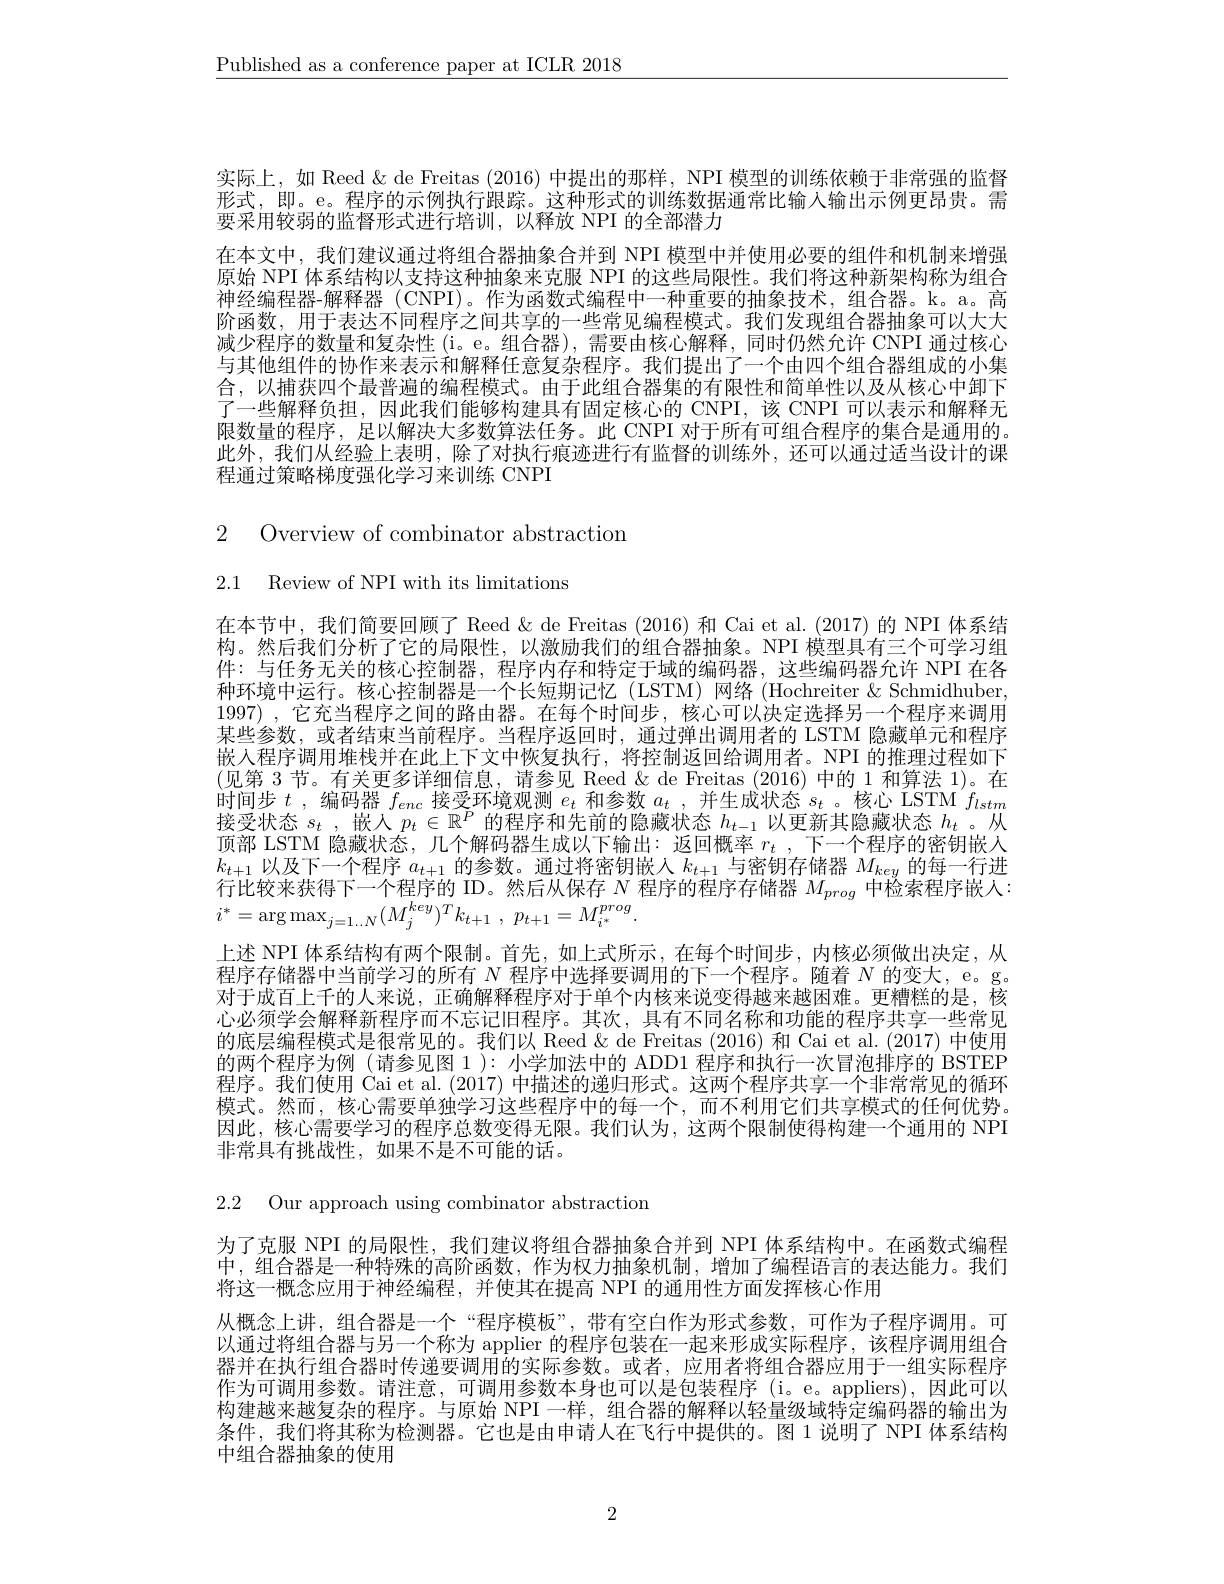
$\underline{\text{Published as a conference paper at ICLR 2018}}$

实际上，如 Reed & de Freitas (2016) 中提出的那样，NPI 模型的训练依赖于非常强的监督形式，即。e。程序的示例执行跟踪。这种形式的训练数据通常比输入输出示例更昂贵。需要采用较弱的监督形式进行培训，以释放 NPI 的全部潜力
在本文中，我们建议通过将组合器抽象合并到 NPI 模型中并使用必要的组件和机制来增强原始 NPI 体系结构以支持这种抽象来克服 NPI 的这些局限性。我们将这种新架构称为组合神经编程器-解释器 (CNPI)。作为函数式编程中一种重要的抽象技术，组合器。k。a。高阶函数，用于表达不同程序之间共享的一些常见编程模式。我们发现组合器抽象可以大大减少程序的数量和复杂性 (i。e。组合器),需要由核心解释，同时仍然允许 CNPI 通过核心与其他组件的协作来表示和解释任意复杂程序。我们提出了一个由四个组合器组成的小集合，以捕获四个最普遍的编程模式。由于此组合器集的有限性和简单性以及从核心中卸下了一些解释负担，因此我们能够构建具有固定核心的 CNPI,该 CNPI 可以表示和解释无限数量的程序，足以解决大多数算法任务。此 CNPI 对于所有可组合程序的集合是通用的。此外，我们从经验上表明，除了对执行痕迹进行有监督的训练外，还可以通过适当设计的课程通过策略梯度强化学习来训练 CNPI

2 Overview of combinator abstraction

2.1 Review of NPI with its limitations

在本节中，我们简要回顾了 Reed & de Freitas (2016) 和 Cai et al.(2017) 的 NPI 体系结构。然后我们分析了它的局限性，以激励我们的组合器抽象。NPI 模型具有三个可学习组件：与任务无关的核心控制器，程序内存和特定于域的编码器，这些编码器允许 NPI 在各种环境中运行。核心控制器是一个长短期记忆(LSTM)网络(Hochreiter&Schmidhuber, 1997) ,它充当程序之间的路由器。在每个时间步，核心可以决定选择另一个程序来调用某些参数，或者结束当前程序。当程序返回时，通过弹出调用者的 LSTM 隐藏单元和程序嵌人程序调用堆栈并在此上下文中恢复执行，将控制返回给调用者。NPI 的推理过程如下(见第 3 节。有关更多详细信息，请参见 Reed & de Freitas (2016) 中的 1 和算法 1)。在时间步$t$ ,编码器$f_enc$接受环境观测$e_t$和参数$a_t$ ,并生成状态$s_t$ 。核心 LSTM $f_lstm$ 接受状态$s_t$ ,嵌人$p_t\in\mathbb{R}^P$的程序和先前的隐藏状态$h_t-1$以更新其隐藏状态$h_t$ 。从顶部 LSTM 隐藏状态，几个解码器生成以下输出：返回概率$r_t$ ,下一个程序的密钥嵌人$k_{t+1}$以及下一个程序$a_t+1$的参数。通过将密钥嵌人$k_t+1$与密钥存储器$M_key$的每一行进行比较来获得下一个程序的 ID。然后从保存$N$程序的程序存储器$M_prog$中检索程序嵌人：
$$i^{*}=\arg\max_{j=1..N}(M_{j}^{key})^{T}k_{t+1}\:,\:p_{t+1}=M_{i^{*}}^{prog}.$$
上述 NPI 体系结构有两个限制。首先，如上式所示，在每个时间步，内核必须做出决定，从对于成百上千的人来说，正确解释程序对于单个内核来说变得越来越困难。更糟糕的是，核心必须学会解释新程序而不忘记旧程序。其次，具有不同名称和功能的程序共享一些常见的底层编程模式是很常见的。我们以 Reed & de Freitas (2016) 和 Cai et al. (2017) 中使用的两个程序为例 (请参见图 1 ): 小学加法中的 ADD1 程序和执行一次冒泡排序的 BSTEP 程序。我们使用 Cai et al. (2017)中描述的递归形式。这两个程序共享一个非常常见的循环模式。然而，核心需要单独学习这些程序中的每一个，而不利用它们共享模式的任何优势。因此，核心需要学习的程序总数变得无限。我们认为，这两个限制使得构建一个通用的 NPI 非常具有挑战性，如果不是不可能的话。

2.2 Our approach using combinator abstraction

为了克服 NPI 的局限性，我们建议将组合器抽象合并到 NPI 体系结构中。在函数式编程中，组合器是一种特殊的高阶函数，作为权力抽象机制，增加了编程语言的表达能力。我们将这一概念应用于神经编程，并使其在提高 NPI 的通用性方面发挥核心作用
从概念上讲，组合器是一个“程序模板”,带有空白作为形式参数，可作为子程序调用。可以通过将组合器与另一个称为 applier 的程序包装在一起来形成实际程序，该程序调用组合器并在执行组合器时传递要调用的实际参数。或者，应用者将组合器应用于一组实际程序作为可调用参数。请注意，可调用参数本身也可以是包装程序 (i。e。appliers),因此可以构建越来越复杂的程序。与原始 NPI 一样，组合器的解释以轻量级域特定编码器的输出为条件，我们将其称为检测器。它也是由申请人在飞行中提供的。图 1 说明了 NPI 体系结构中组合器抽象的使用

2